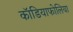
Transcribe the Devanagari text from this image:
कॉडियाफोलिया